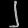
Digit: ၂